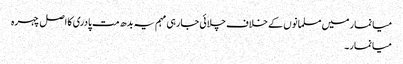
میانمار میں مسلمانوں کے خلاف چلائی جارہی مہم یہ بدھ مت پادری کا اصل چہرہ
میانمار۔